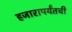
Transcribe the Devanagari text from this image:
हजारापर्यंतची